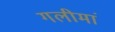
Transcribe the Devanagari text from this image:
गलीमां